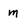
Character: m